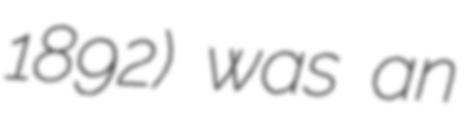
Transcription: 1892) was an